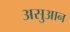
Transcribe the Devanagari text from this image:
असुआन